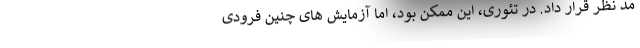
مد نظر قرار داد. در تئوری، این ممکن بود، اما آزمایش های چنین فرودی